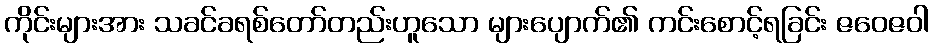
ကိုင်းများအား သခင်ခရစ်တော်တည်းဟူသော များပျောက်၏ ကင်းစောင့်ရခြင်း ဇဝေဇဝါ